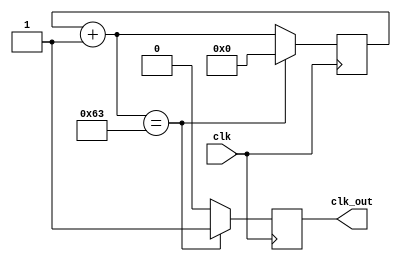
module FreqDiv(clk,clk_out);
	input            clk ;
	wire            clk ;
	output clk_out;
	reg        [6:0]    count ;
	reg clk_out ;
	always @ ( posedge clk)
    	begin
			count=count+1;
         if ( count == 99 )
				begin
            	clk_out <= 1;
					count=0;
            end
         else 
				clk_out<=0;
    	end
endmodule